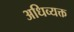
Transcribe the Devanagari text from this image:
अधिव्यक्त